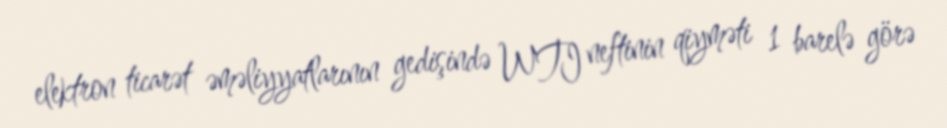
elektron ticarət əməliyyatlarının gedişində WTI neftinin qiyməti 1 barelə görə